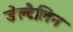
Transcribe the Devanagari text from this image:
डेल्टैलिन